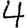
Digit: 4